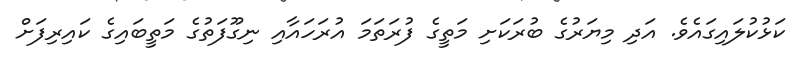
ކަޅުކުލައިގައެވެ. އަދި މިޔަރުގެ ބުރަކަށި މަތީގެ ފުރަތަމަ އުރަހައާއި ނިގޫފަތުގެ މަތީބައިގެ ކައިރިފަށް